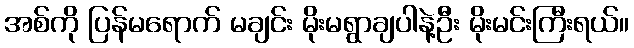
အစ်ကို ပြန်မရောက် မချင်း မိုးမရွာချပါနဲ့ဦး မိုးမင်းကြီးရယ်။